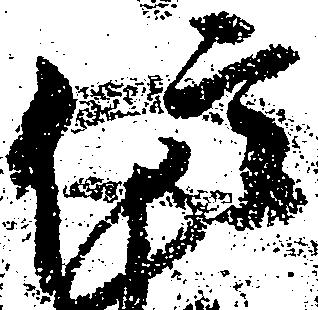
信